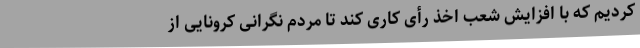
کردیم که با افزایش شعب اخذ رأی کاری کند تا مردم نگرانی کرونایی از